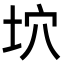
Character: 坹